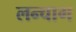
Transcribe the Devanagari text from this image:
लन्चाग